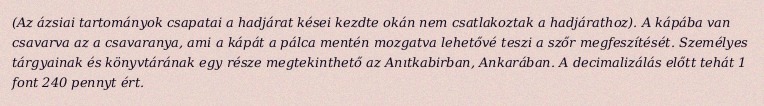
(Az ázsiai tartományok csapatai a hadjárat kései kezdte okán nem csatlakoztak a hadjárathoz). A kápába van csavarva az a csavaranya, ami a kápát a pálca mentén mozgatva lehetővé teszi a szőr megfeszítését. Személyes tárgyainak és könyvtárának egy része megtekinthető az Anıtkabirban, Ankarában. A decimalizálás előtt tehát 1 font 240 pennyt ért.